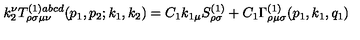
k _ { 2 } ^ { \nu } T _ { \rho \sigma \mu \nu } ^ { ( 1 ) a b c d } ( p _ { 1 } , p _ { 2 } ; k _ { 1 } , k _ { 2 } ) = C _ { 1 } k _ { 1 \mu } S _ { \rho \sigma } ^ { ( 1 ) } + C _ { 1 } \Gamma _ { \rho \mu \sigma } ^ { ( 1 ) } ( p _ { 1 } , k _ { 1 } , q _ { 1 } )